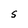
Character: S